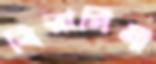
বিরাগিণী